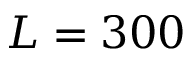
L = 3 0 0